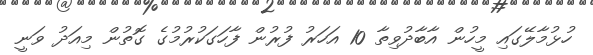
ހުޅުމާލޭގައި މީހުން އާބާދުވިތާ 10 އަހަރު ފުރުން ފާހަގަކުރުމުގެ ގޮތުން މިއަދު ވަނީ